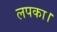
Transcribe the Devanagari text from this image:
लपका।